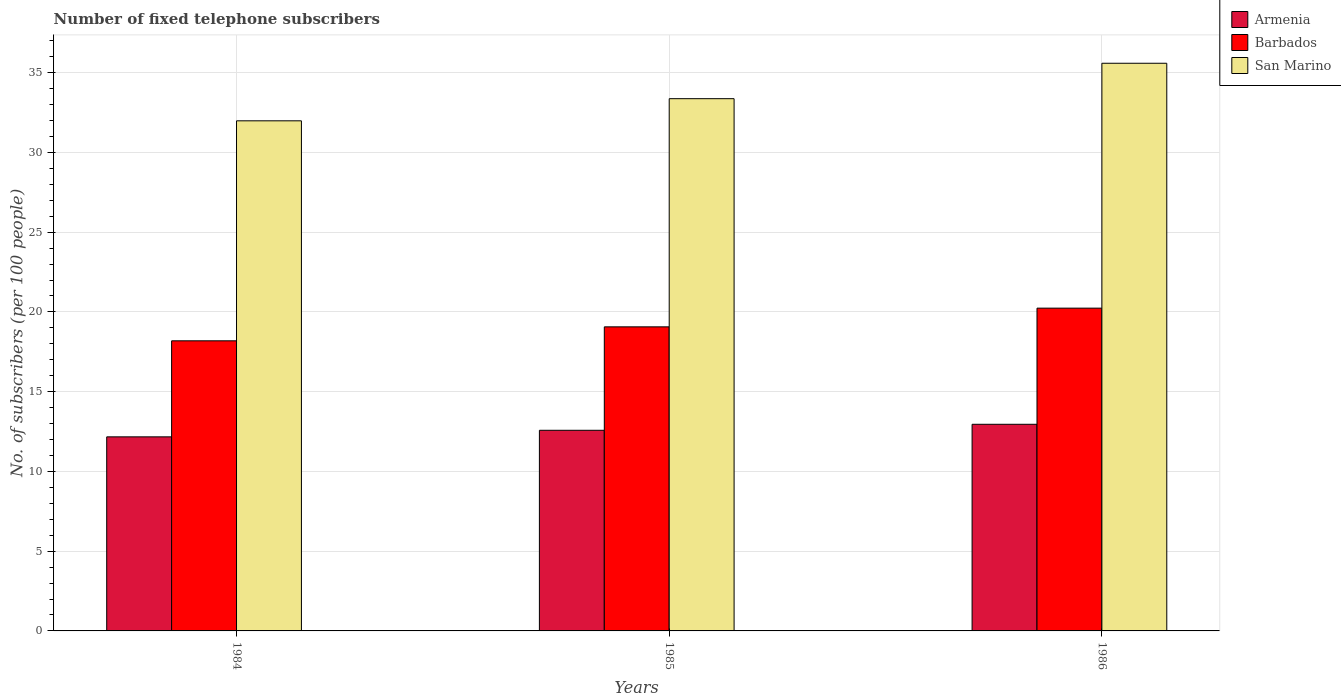
| Years | Armenia | Barbados | San Marino |
 | --- | --- | --- | --- |
 | 1984 | 12.2 | 18.2 | 32 |
 | 1985 | 12.6 | 19.1 | 33.4 |
 | 1986 | 13 | 20.2 | 35.6 |